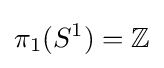
\pi _{1}(S^{1})=\mathbb {Z}